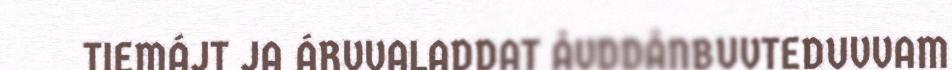
TIEMÁJT JA ÁRVVALADDAT ÅVDDÅNBUVTEDUVVAM